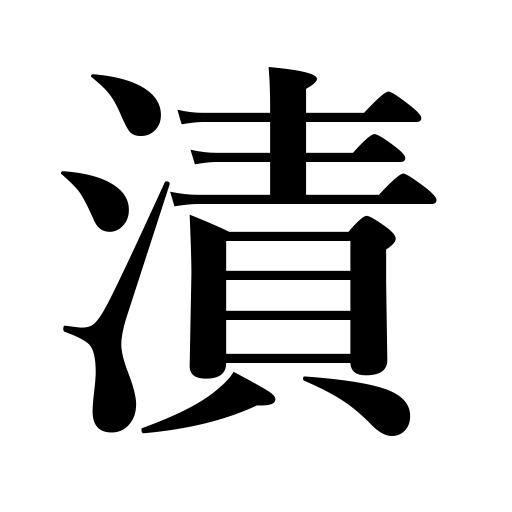
Meanings: be flooded,steep,pickle,be soaked in,take a dip,soak,be seasoned,add salt to,preserve,be submerged,moisten